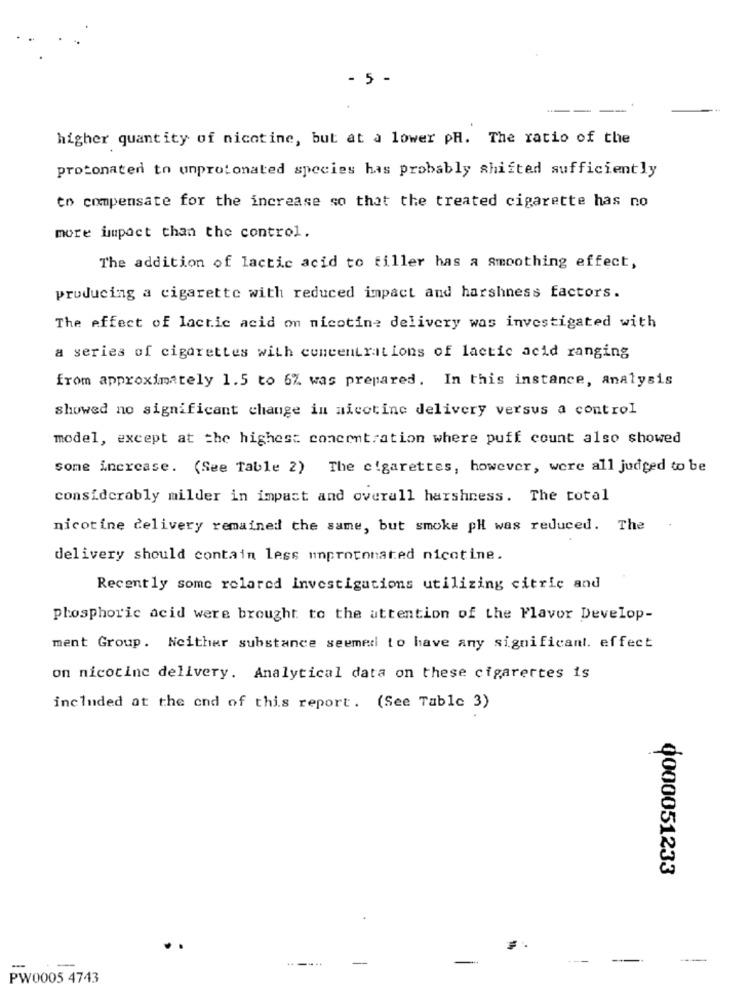
- 5 -
higher quantity of nicotine, but at a lower PH. The ratio of the
protonated to unprotonated species has probably shifted sufficiently
to compensate for the increase so that the treated cigarette has no
more impact than the control.
The addition of lactic acid to filler has a smoothing effect,
producing a cigarette with reduced impact and harshness factors.
The effect of lactic acid on nicotine delivery was investigated with
a series of cigarettes with concentrations of lactic acid ranging
from approximately 1.5 to 6% was prepared. In this instance, analysis
showed no significant change in nicotine delivery versus a control
model, except at the highest concentration where puff count also showed
some increase. (See Table 2) The cigarettes, however, were all judged to be
considerably milder in impact and overall harshness. The total
nicotine delivery remained the same, but smoke pH was reduced. The
delivery should contain less unprotonated nicotine.
Recently some relared investigations utilizing citric and
phosphoric acid were brought to the attention of the Flavor Develop-
ment Group. Neither substance seemed to have any significant. effect
on nicotine delivery. Analytical data on these cigarettes is
included at the end of this report. (See Table 3)
0000051233
-
-
-
PW0005 4743